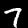
Label: 7